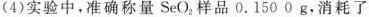
(4)实验中，准确称量SeO_{2}样品0.150 0g，消耗了